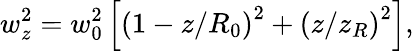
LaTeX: w_{z}^{2}=w_{0}^{2}\left[\left(1-z/R_{0}\right)^{2}+\left(z/z_{R}\right)^{2}\right],